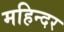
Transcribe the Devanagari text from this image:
महिन्दर